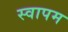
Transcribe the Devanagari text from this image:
स्वापम